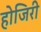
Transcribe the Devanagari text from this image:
होजिरी